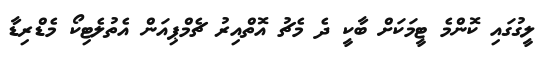
ލީގުގައި ކޮންމެ ޓީމަކަށް ބާކީ ދެ މެޗު އޮތްއިރު ޗެމްޕިއަން އެތުލެޓިކޯ މެޑްރިޑާ